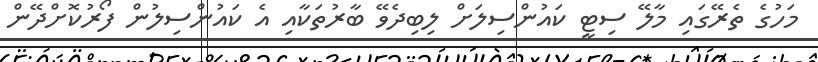
މަހުގެ ތެރޭގައި މާލޭ ސިޓީ ކައުންސިލަށް ލިބިދެވޭ ބާރުތަކާއި އެ ކައުންސިލުން ފޯރުކޮށްދޭން